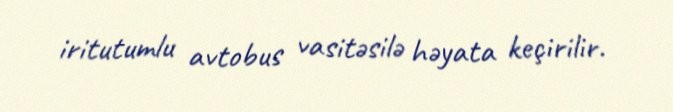
iritutumlu avtobus vasitəsilə həyata keçirilir.